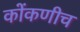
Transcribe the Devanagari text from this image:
कोंकणीच